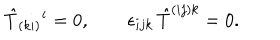
\hat { T } _ { ( k i ) } { } ^ { i } = 0 , \qquad \epsilon _ { i j k } \, \hat { T } ^ { ( i j ) k } = 0 .